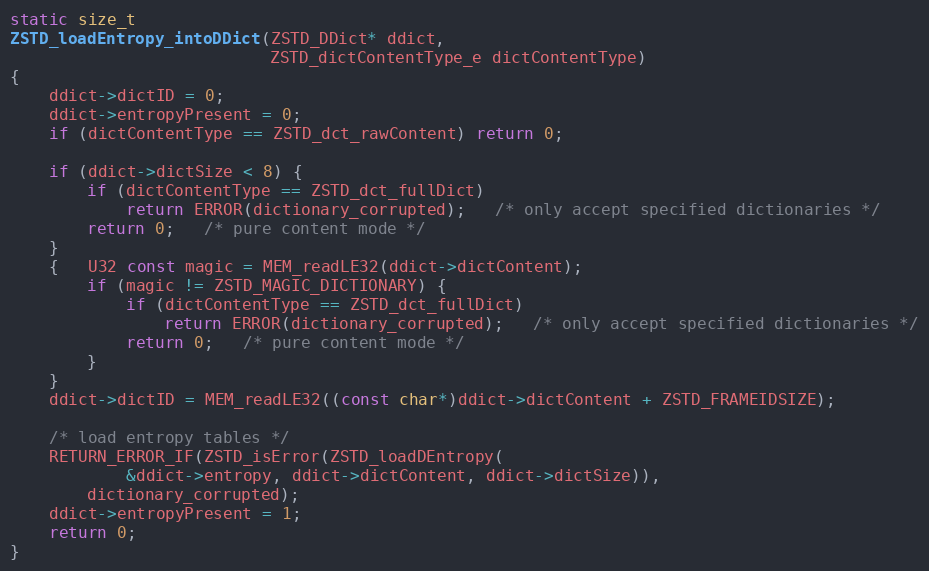
Language: C
static size_t
ZSTD_loadEntropy_intoDDict(ZSTD_DDict* ddict,
                           ZSTD_dictContentType_e dictContentType)
{
    ddict->dictID = 0;
    ddict->entropyPresent = 0;
    if (dictContentType == ZSTD_dct_rawContent) return 0;

    if (ddict->dictSize < 8) {
        if (dictContentType == ZSTD_dct_fullDict)
            return ERROR(dictionary_corrupted);   /* only accept specified dictionaries */
        return 0;   /* pure content mode */
    }
    {   U32 const magic = MEM_readLE32(ddict->dictContent);
        if (magic != ZSTD_MAGIC_DICTIONARY) {
            if (dictContentType == ZSTD_dct_fullDict)
                return ERROR(dictionary_corrupted);   /* only accept specified dictionaries */
            return 0;   /* pure content mode */
        }
    }
    ddict->dictID = MEM_readLE32((const char*)ddict->dictContent + ZSTD_FRAMEIDSIZE);

    /* load entropy tables */
    RETURN_ERROR_IF(ZSTD_isError(ZSTD_loadDEntropy(
            &ddict->entropy, ddict->dictContent, ddict->dictSize)),
        dictionary_corrupted);
    ddict->entropyPresent = 1;
    return 0;
}